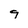
Character: 9